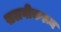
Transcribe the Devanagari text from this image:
सलगीकरून